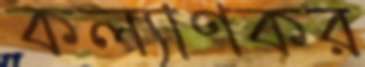
কল্যাণকর